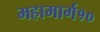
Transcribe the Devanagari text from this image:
महामार्ग१०